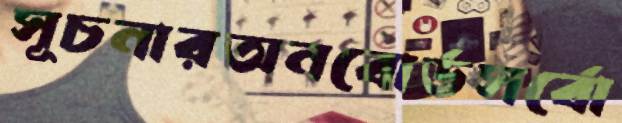
সূচনারঅনবোর্ডসর্বো